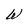
Character: W